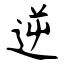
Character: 逆